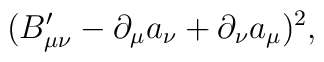
(B_{\mu\nu}'-\partial_\mu a_\nu+\partial_\nu a_\mu)^2 ,